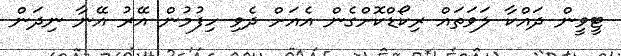
ޓީވީން ދައްކާ ލަވަތައް ރިކޯޑްކޮށްގެން އެއަށް ދެވި ހިފުމުން އޭރު އޭނާ ނިދަން